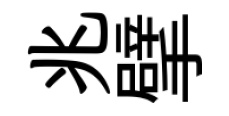
兆擘